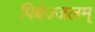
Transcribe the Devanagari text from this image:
पिबेज्जलम्